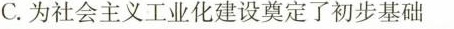
C.为社会主义工业化建设奠定了初步基础